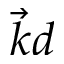
\overrightarrow { k } d